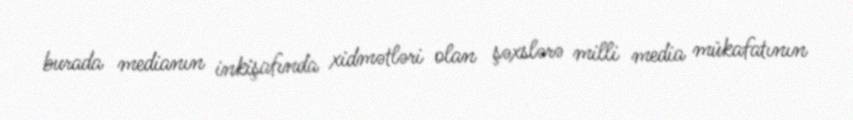
burada medianın inkişafında xidmətləri olan şəxslərə milli media mükafatının